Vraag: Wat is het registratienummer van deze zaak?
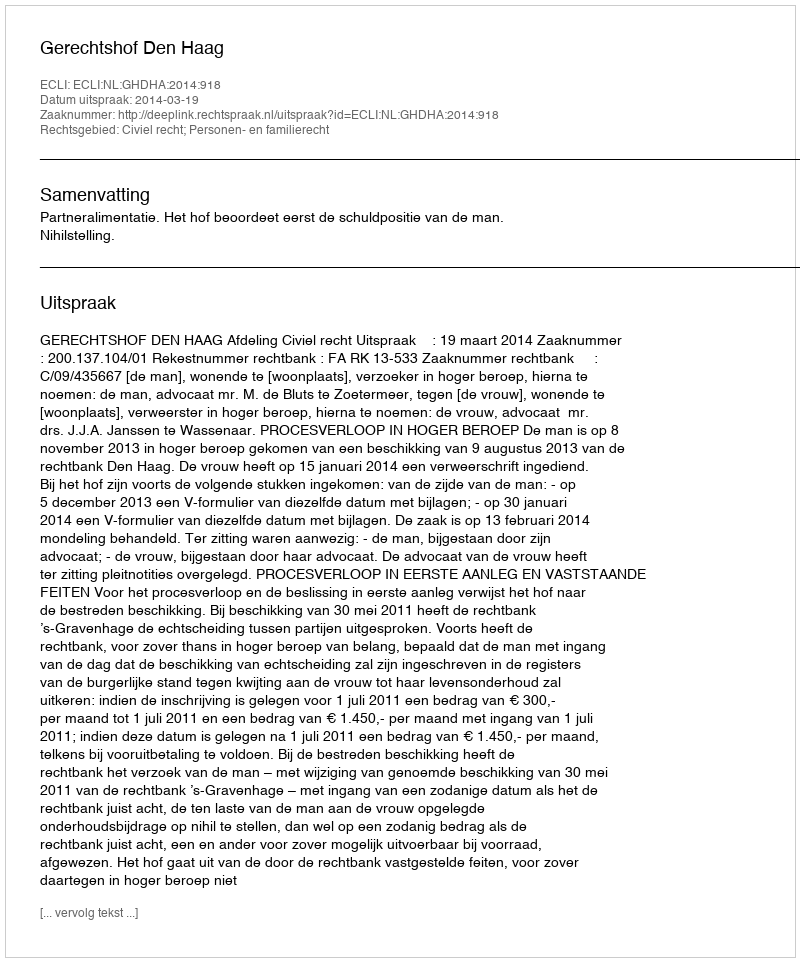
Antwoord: http://deeplink.rechtspraak.nl/uitspraak?id=ECLI:NL:GHDHA:2014:918